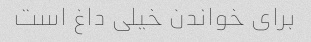
برای خواندن خیلی داغ است